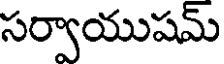
సర్వాయుషమ్